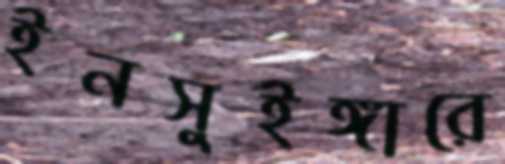
ইনসুইঙ্গারে